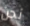
نحن